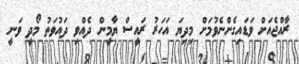
ރާއްޖެއަށް ވަޑައިގެންނެވުމަށް މިދިޔަ އަހަރު ރައީސް ޔާމީން ދެއްވި ދައުވަތު މޯދީ ވަނީ